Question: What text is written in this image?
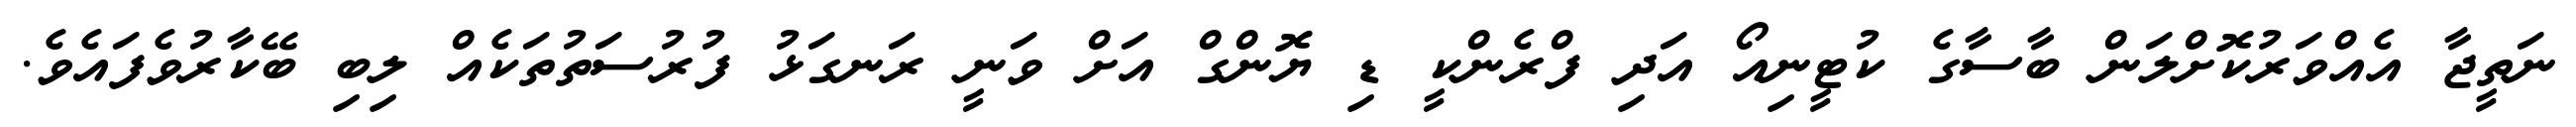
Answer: ނަތީޖާ އެއްވަރުކޮށްލަން ބާސާގެ ކުޓީނިއޯ އަދި ފްރެންކީ ޑި ޔޮންގް އަށް ވަނީ ރަނގަޅު ފުރުސަތުތަކެއް ލިބި ބޭކާރުވެފައެވެ.